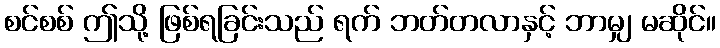
စင်စစ် ဤသို့ ဖြစ်ရခြင်းသည် ရက် ဘတ်တလာနှင့် ဘာမျှ မဆိုင်။